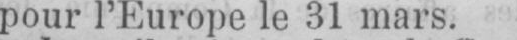
pour l’Europe le 31 mars.